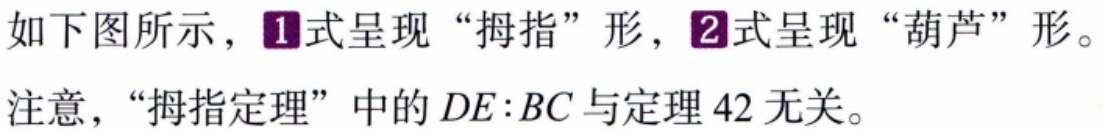
如下图所示，\textcircled{1}式呈现“拇指”形，\textcircled{2}式呈现“葫芦”形。

注意，“拇指定理”中的\(DE:BC\)与定理42无关。